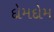
દોમદોમ